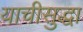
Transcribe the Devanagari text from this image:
याचीसुद्धा